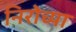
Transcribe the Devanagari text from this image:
निरोच्या